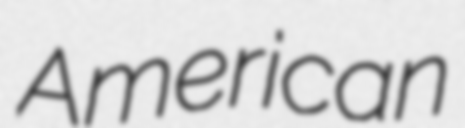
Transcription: American